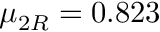
\mu _ { 2 R } = 0 . 8 2 3